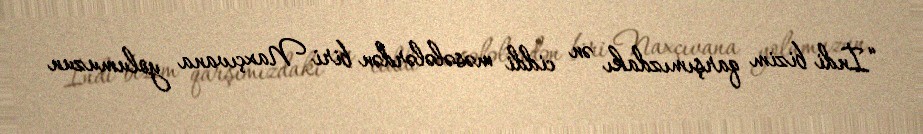
“İndi bizim qarşımızdakı ən ciddi məsələlərdən biri Naxçıvana yolumuzun